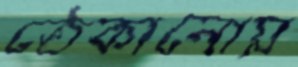
ঠেকানোয়